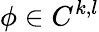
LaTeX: \phi\in C^{k,l}